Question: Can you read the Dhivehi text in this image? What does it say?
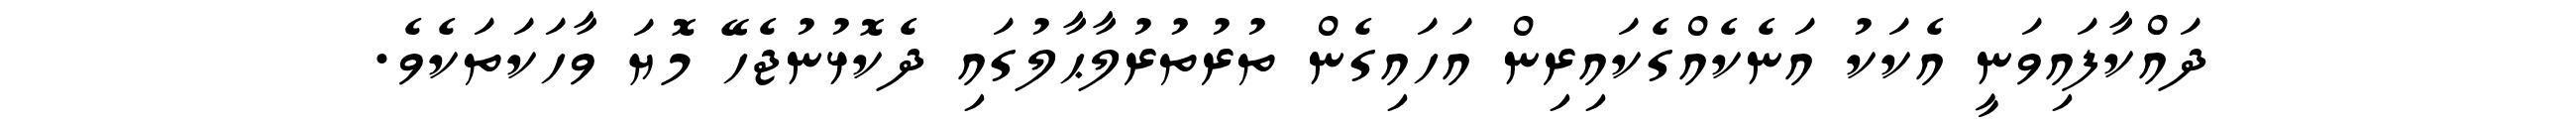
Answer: ދައްކާފައިވަނީ އެކަކު އަނެކެއްގެކައިރިން އަހައިގެން ތުރުތުރުލާޙާލުގައި ދެކޮޅުނުޖެހޭ މޮޔަ ވާހަކަތަކެވެ.